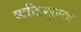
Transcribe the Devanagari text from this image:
व्यक्तिमूलक